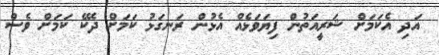
އަދި އެކަމަށް ޝަރީއަތުން ފިޔަވަޅެއް އެޅުން ރަނގަޅު ކަމަށް ދެކޭ ކަމަށް ވެސް